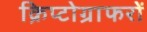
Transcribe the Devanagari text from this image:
क्रिप्टोग्राफरों